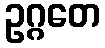
ဥဂ္ဂတေ